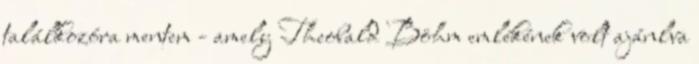
találkozóra mentem - amely Theobald Böhm emlékének volt ajánlva